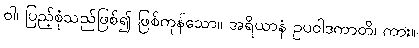
ဝါ၊ ပြည့်စုံသည်ဖြစ်၍ ဖြစ်ကုန်သော။ အရိယာနံ ဥပဝါဒကာတိ၊ ကား။